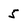
Character: 5